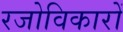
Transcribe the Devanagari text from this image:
रजोविकारों